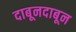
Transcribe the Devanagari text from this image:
दाबूनदाबून